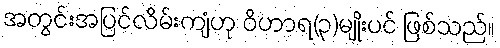
အတွင်းအပြင်လိမ်းကျံဟု ဝိဟာရ(၃)မျိုးပင် ဖြစ်သည်။